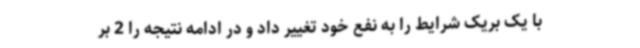
با یک بریک شرایط را به نفع خود تغییر داد و در ادامه نتیجه را 2 بر